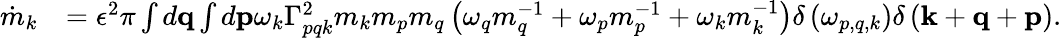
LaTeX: \begin{array}{rl}{\dot{m}_{k}}&{=\epsilon^{2}\pi\int d\mathbf{q}\int d\mathbf{p}\omega_{k}\Gamma_{pqk}^{2}m_{k}m_{p}m_{q}\left(\omega_{q}m_{q}^{-1}+\omega_{p}m_{p}^{-1}+\omega_{k}m_{k}^{-1}\right)\delta\left(\omega_{p,q,k}\right)\delta\left(\mathbf{k}+\mathbf{q}+\mathbf{p}\right).}\end{array}